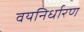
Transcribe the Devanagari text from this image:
वयनिर्धारण